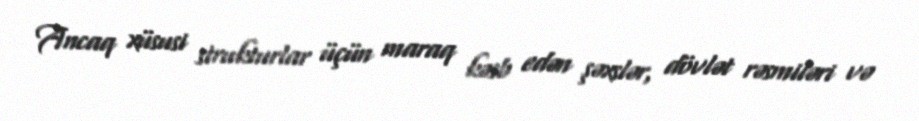
Ancaq xüsusi strukturlar üçün maraq kəsb edən şəxslər, dövlət rəsmiləri və